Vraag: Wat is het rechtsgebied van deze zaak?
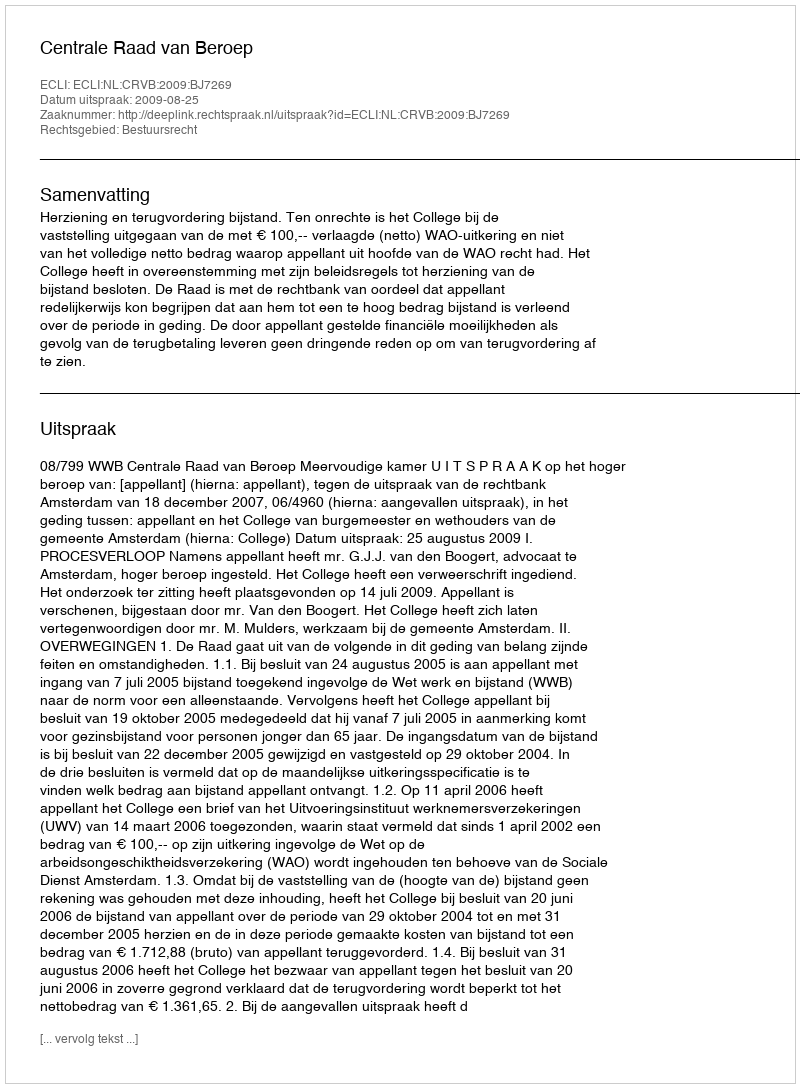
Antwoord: Bestuursrecht